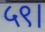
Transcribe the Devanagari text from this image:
५९।